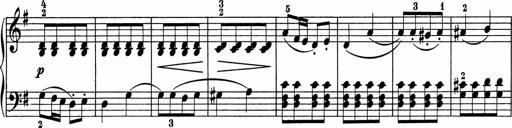
Title: 5 Sonatinen fÃ¼r die Jugend
Composer: Carl Reinecke